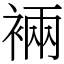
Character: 裲